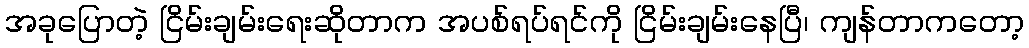
အခုပြောတဲ့ ငြိမ်းချမ်းရေးဆိုတာက အပစ်ရပ်ရင်ကို ငြိမ်းချမ်းနေပြီ၊ ကျန်တာကတော့